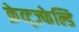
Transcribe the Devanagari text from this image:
क्रेव्ट्ज़्फेल्डि